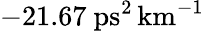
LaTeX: -21.67~\mathrm{ps}^{2}\, \mathrm{km}^{-1}